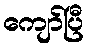
ကျော်ပြီ